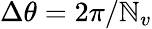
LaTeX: \Delta\theta=2\pi/\mathbb{N}_{v}